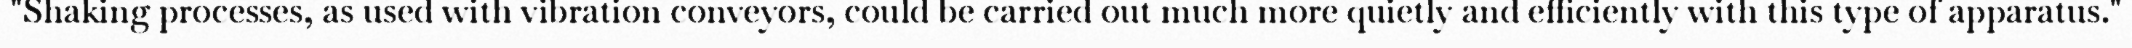
"Shaking processes, as used with vibration conveyors, could be carried out much more quietly and efficiently with this type of apparatus."